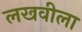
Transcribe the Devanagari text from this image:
लखवीला